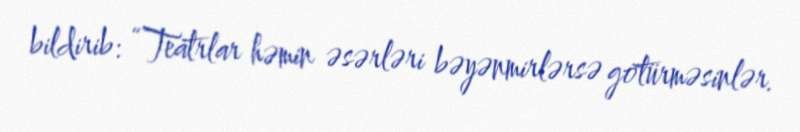
bildirib: “Teatrlar həmin əsərləri bəyənmirlərsə götürməsinlər.